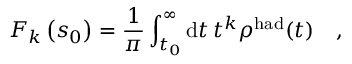
F _ { k } \left( s _ { 0 } \right) = \frac { 1 } { \pi } \int _ { t _ { 0 } } ^ { \infty } \mathrm { d } t \, t ^ { k } \rho ^ { \mathrm { h a d } } ( t ) \quad ,